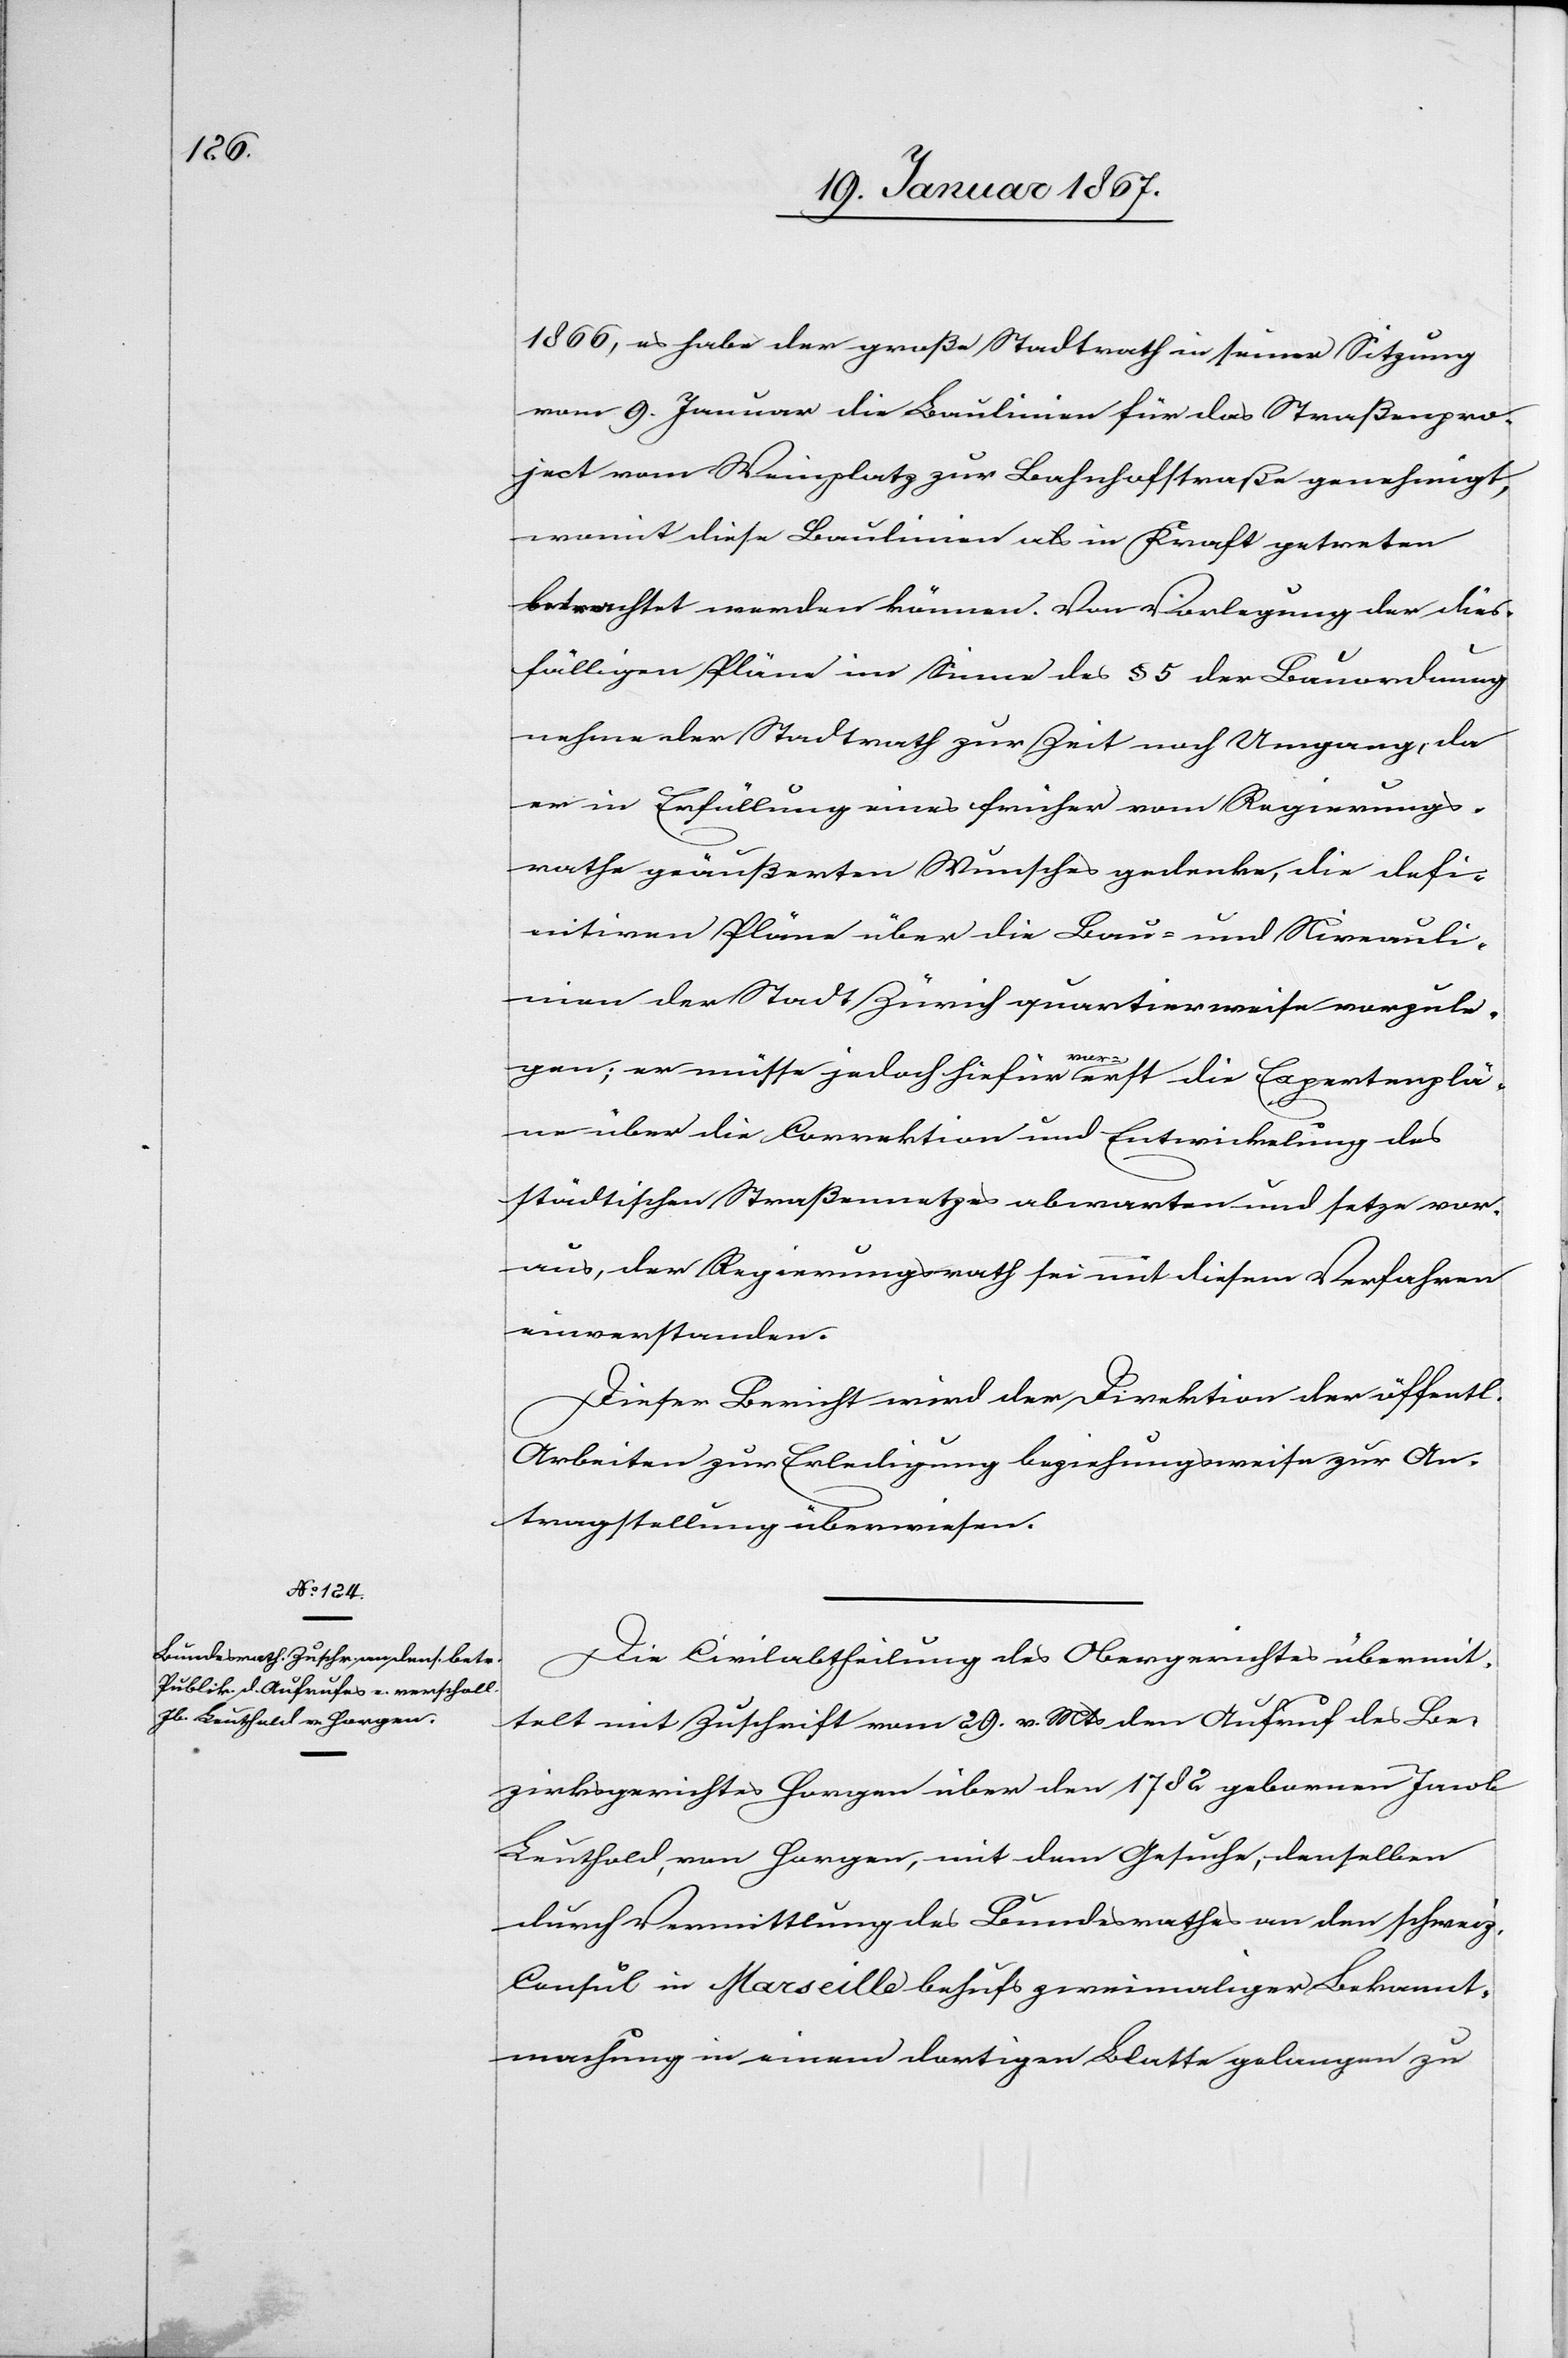
19. Januar 1867.]
1866, es habe der große Stadtrath in seiner Sitzung
vom 9. Januar die Baulinien für das Straßenpro¬
ject vom Weinplatz zur Bahnhofstraße genehmigt,
womit diese Baulinien als in Kraft getreten
betrachtet werden können. Von Vorlegung der dies¬
fälligen Pläne im Sinne des § 5 der Bauordnung
nehme der Stadtrath zur Zeit noch Umgang, da
er in Erfüllung eines früher vom Regierungs¬
rathe geäußerten Wunsches gedenke, die defi¬
nitiven Pläne über die Bau- und Niveauli¬
nien der Stadt Zürich quartierweise vorzule¬
gen; er müsse jedoch hiefür vorerst die Expertenplä¬
ne über die Correktion und Entwicklung des
städtischen Straßennetzes abwarten und setze vor¬
aus, der Regierungsrath sei mit diesem Verfahren
einverstanden.
Dieser Bericht wird der Direktion der öffentl.
Arbeiten zur Erledigung beziehungsweise zur An¬
tragstellung überwiesen.
Die Civilabtheilung des Obergerichtes übermit¬
telt mit Zuschrift vom 29. v. Mts den Aufruf des Be¬
zirksgerichtes Horgen über den 1782 gebornen Jacob
Leuthold, von Horgen, mit dem Gesuche, denselben
durch Vermittlung des Bundesrathes an den schweiz.
Consul in Marseille behufs zweimaliger Bekannt¬
machung in einem dortigen Blatte gelangen zu